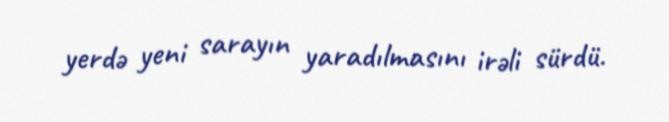
yerdə yeni sarayın yaradılmasını irəli sürdü.